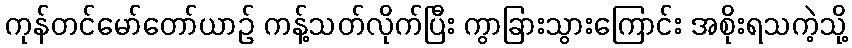
ကုန်တင်မော်တော်ယာဉ် ကန့်သတ်လိုက်ပြီး ကွာခြားသွားကြောင်း အစိုးရသကဲ့သို့